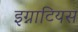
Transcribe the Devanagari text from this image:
इग्नाटियस